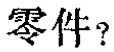
零件？